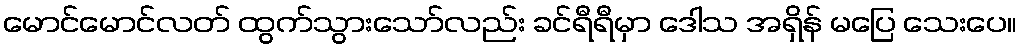
မောင်မောင်လတ် ထွက်သွားသော်လည်း ခင်ရီရီမှာ ဒေါသ အရှိန် မပြေ သေးပေ။